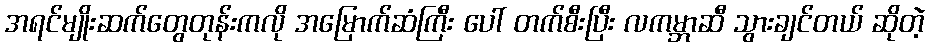
အရင်မျိုးဆက်တွေတုန်းကလို အမြောက်ဆံကြီး ပေါ် တက်စီးပြီး လကမ္ဘာဆီ သွားချင်တယ် ဆိုတဲ့